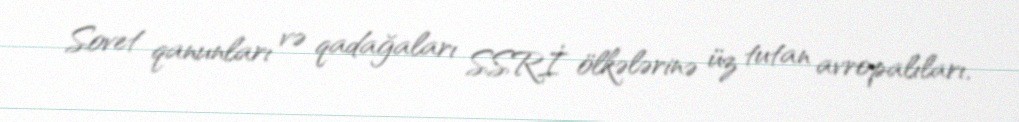
Sovet qanunları və qadağaları SSRİ ölkələrinə üz tutan avropalıları,